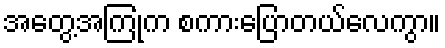
အတွေ့အကြုံက စကားပြောတယ်လေကွာ။